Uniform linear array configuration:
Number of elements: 64
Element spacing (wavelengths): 0.5
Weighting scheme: kaiser
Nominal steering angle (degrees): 45
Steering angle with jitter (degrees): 46.034
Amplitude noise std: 0.05
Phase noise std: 0.05

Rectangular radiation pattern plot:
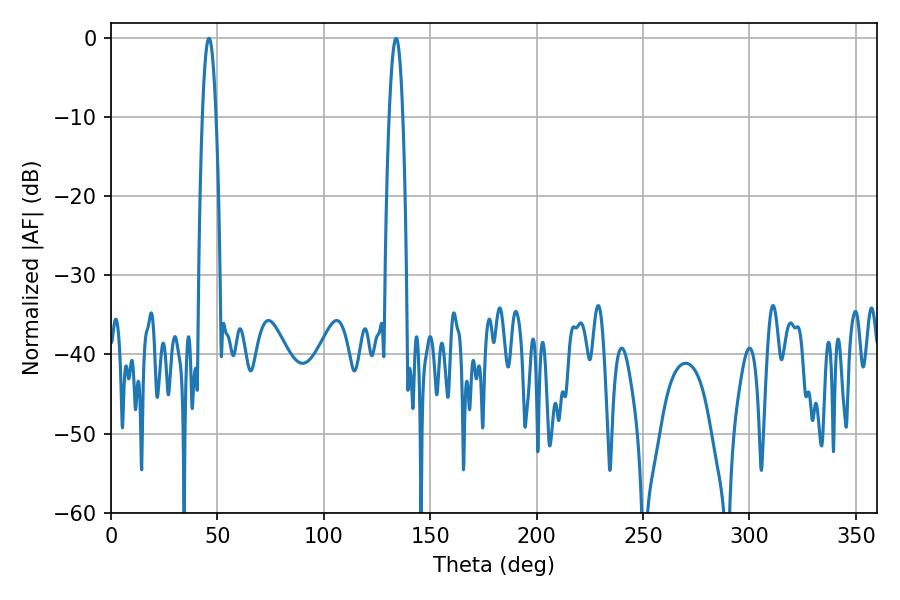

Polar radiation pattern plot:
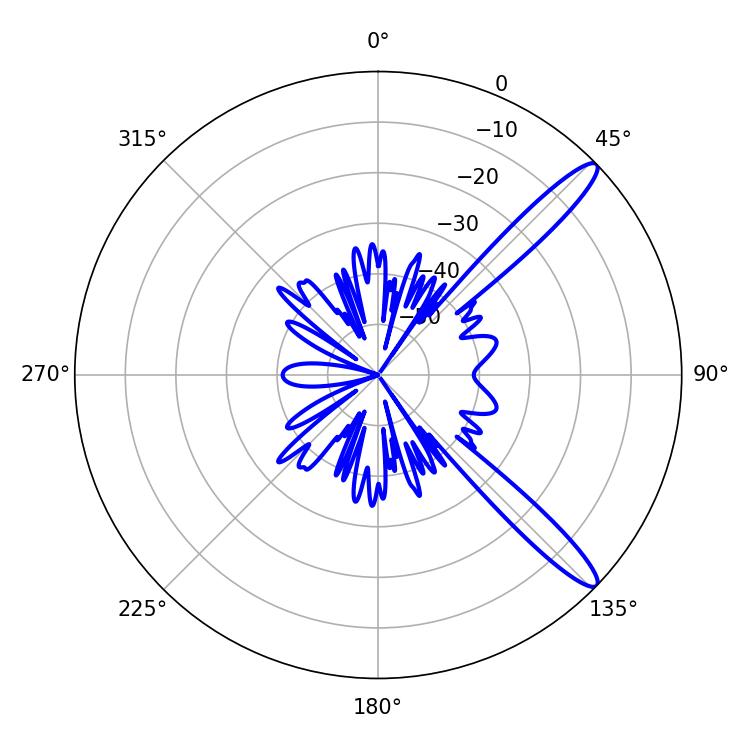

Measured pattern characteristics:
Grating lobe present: FALSE
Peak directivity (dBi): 13.15
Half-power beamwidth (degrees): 3.6
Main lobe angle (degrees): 46.08